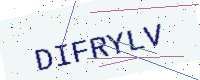
Text: DIFRYLV